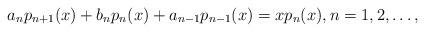
LaTeX: \begin{align*} a_{n}p_{n+1}(x)+b_{n}p_{n}(x)+a_{n-1}p_{n-1}(x)=xp_{n}(x), n=1,2,\ldots, \end{align*}